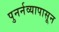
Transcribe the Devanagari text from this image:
पुनर्नव्यापासून